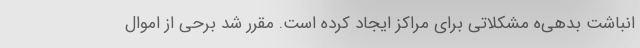
انباشت بدهی‌ه مشکلاتی برای مراکز ایجاد کرده است. مقرر شد برحی از اموال